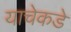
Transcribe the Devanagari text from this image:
याचेकडे